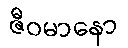
ဇီဝမာနော